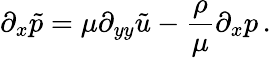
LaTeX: \partial_{x}\tilde{p}=\mu\partial_{yy}\tilde{u}-{\frac{\rho}{\mu}}\partial_{x}p\, .